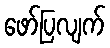
ဖော်ပြလျက်